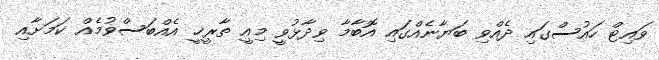
ވައިޓް ހައުސްގައި ދެއްވި ބަޔާނެއްގައި އޮބާމާ ވިދާޅުވީ މިއީ ތާރީޚީ އެއްބަސްވުމެއް ކަމަށާއި